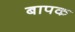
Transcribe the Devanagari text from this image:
बापक